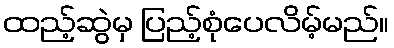
ထည့်ဆွဲမှ ပြည့်စုံပေလိမ့်မည်။